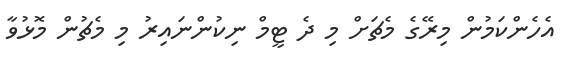
އެހެންކަމުން މިރޭގެ މެޗަށް މި ދެ ޓީމް ނިކުންނައިރު މި މެޗުން މޮޅުވާ